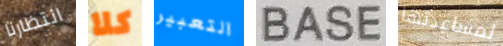
انتظارنا كلا التعبير BASE لمساعدتها